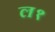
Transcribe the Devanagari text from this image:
ल१